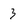
Character: 3